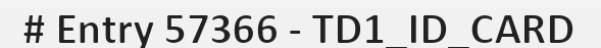
# Entry 57366 - TD1_ID_CARD